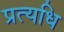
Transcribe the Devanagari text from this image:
प्रत्यधि